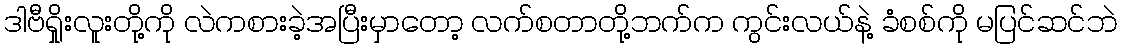
ဒါဗီရှိုးလူးတို့ကို လဲကစားခဲ့အပြီးမှာတော့ လက်စတာတို့ဘက်က ကွင်းလယ်နဲ့ ခံစစ်ကို မပြင်ဆင်ဘဲ